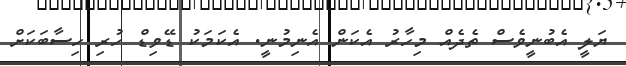
ޔަލީ އެބުނީވެސް ތެދެއް މިހާރު އެކަން އެނިމުނީ. އެކަމަކު ޑޭވިޑް ހުރި ހިސާބަކަށް